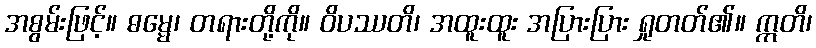
အစွမ်းဖြင့်။ ဓမ္မေ၊ တရားတို့ကို။ ဝိပဿတိ၊ အထူးထူး အပြားပြား ရှုတတ်၏။ ဣတိ၊